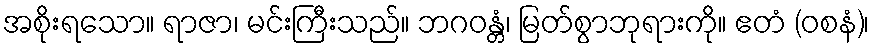
အစိုးရသော။ ရာဇာ၊ မင်းကြီးသည်။ ဘဂဝန္တံ၊ မြတ်စွာဘုရားကို။ ဧတံ (ဝစနံ)၊